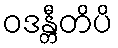
ဝဒန္တီတိပိ